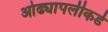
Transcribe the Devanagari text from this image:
ओढ्यापलीकडे